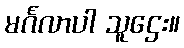
မင်္ဂလာပါ သူဌေး။